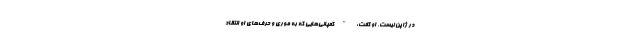
در ژاپن نیست. او گفت: "کمپانی‌هایی که به موری و حرف‌های او انتقاد